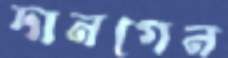
দানগেন